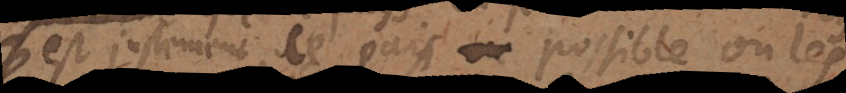
est justement le pays possible où les